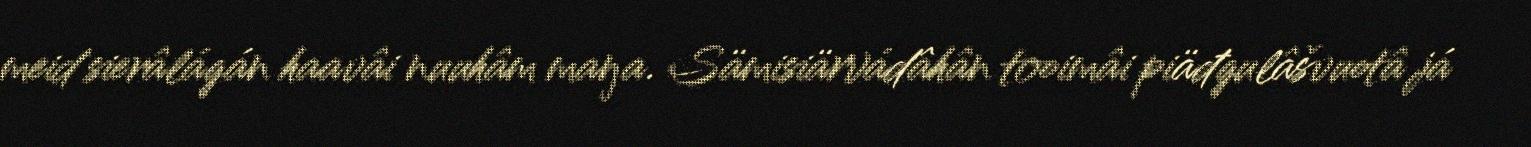
meid sierâlágán haavâi nuuhâm maŋa. Sämisiärvádâhân tooimâi piäđgulâšvuotâ já